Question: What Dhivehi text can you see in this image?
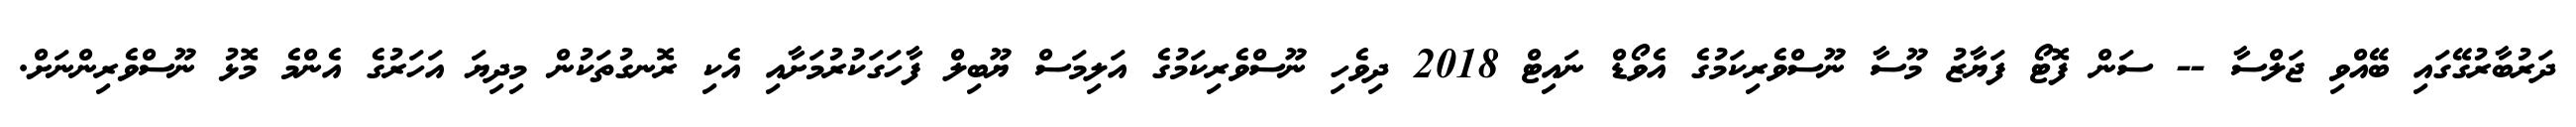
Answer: ދަރުބާރުގޭގައި ބޭއްވި ޖަލްސާ -- ސަން ފޮޓޯ ފަޔާޒު މޫސާ ނޫސްވެރިކަމުގެ އެވޯޑް ނައިޓް 2018 ދިވެހި ނޫސްވެރިކަމުގެ އަލިމަސް ޔޫބިލް ފާހަގަކުރުމަށާއި އެކި ރޮނގުތަކުން މިދިޔަ އަހަރުގެ އެންމެ މޮޅު ނޫސްވެރިންނަށް.